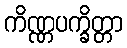
ကိဏ္ဏပက္ခိတ္တာ